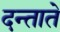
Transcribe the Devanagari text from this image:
दन्ताते